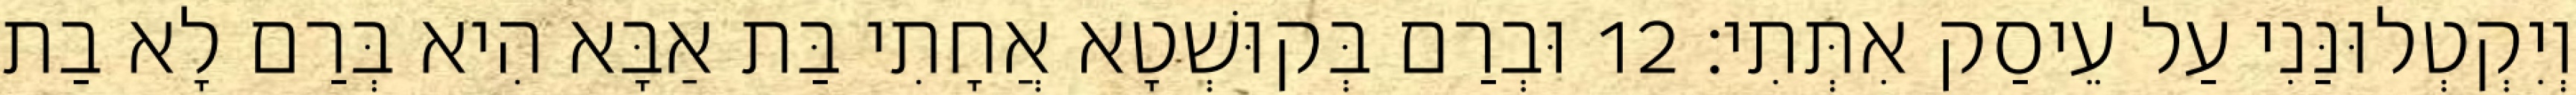
וְיִקְטְלוּנַּנִי עַל עֵיסַק אִתְּתִי׃ 12 וּבְרַם בְּקוּשְׁטָא אֲחָתִי בַּת אַבָּא הִיא בְּרַם לָא בַת